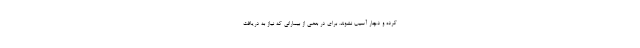
کرده و دچار آسیب نشوند. برای در بعضی از بیمارانی که نیاز به دریافت